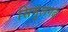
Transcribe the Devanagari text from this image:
सिमुलगढ़